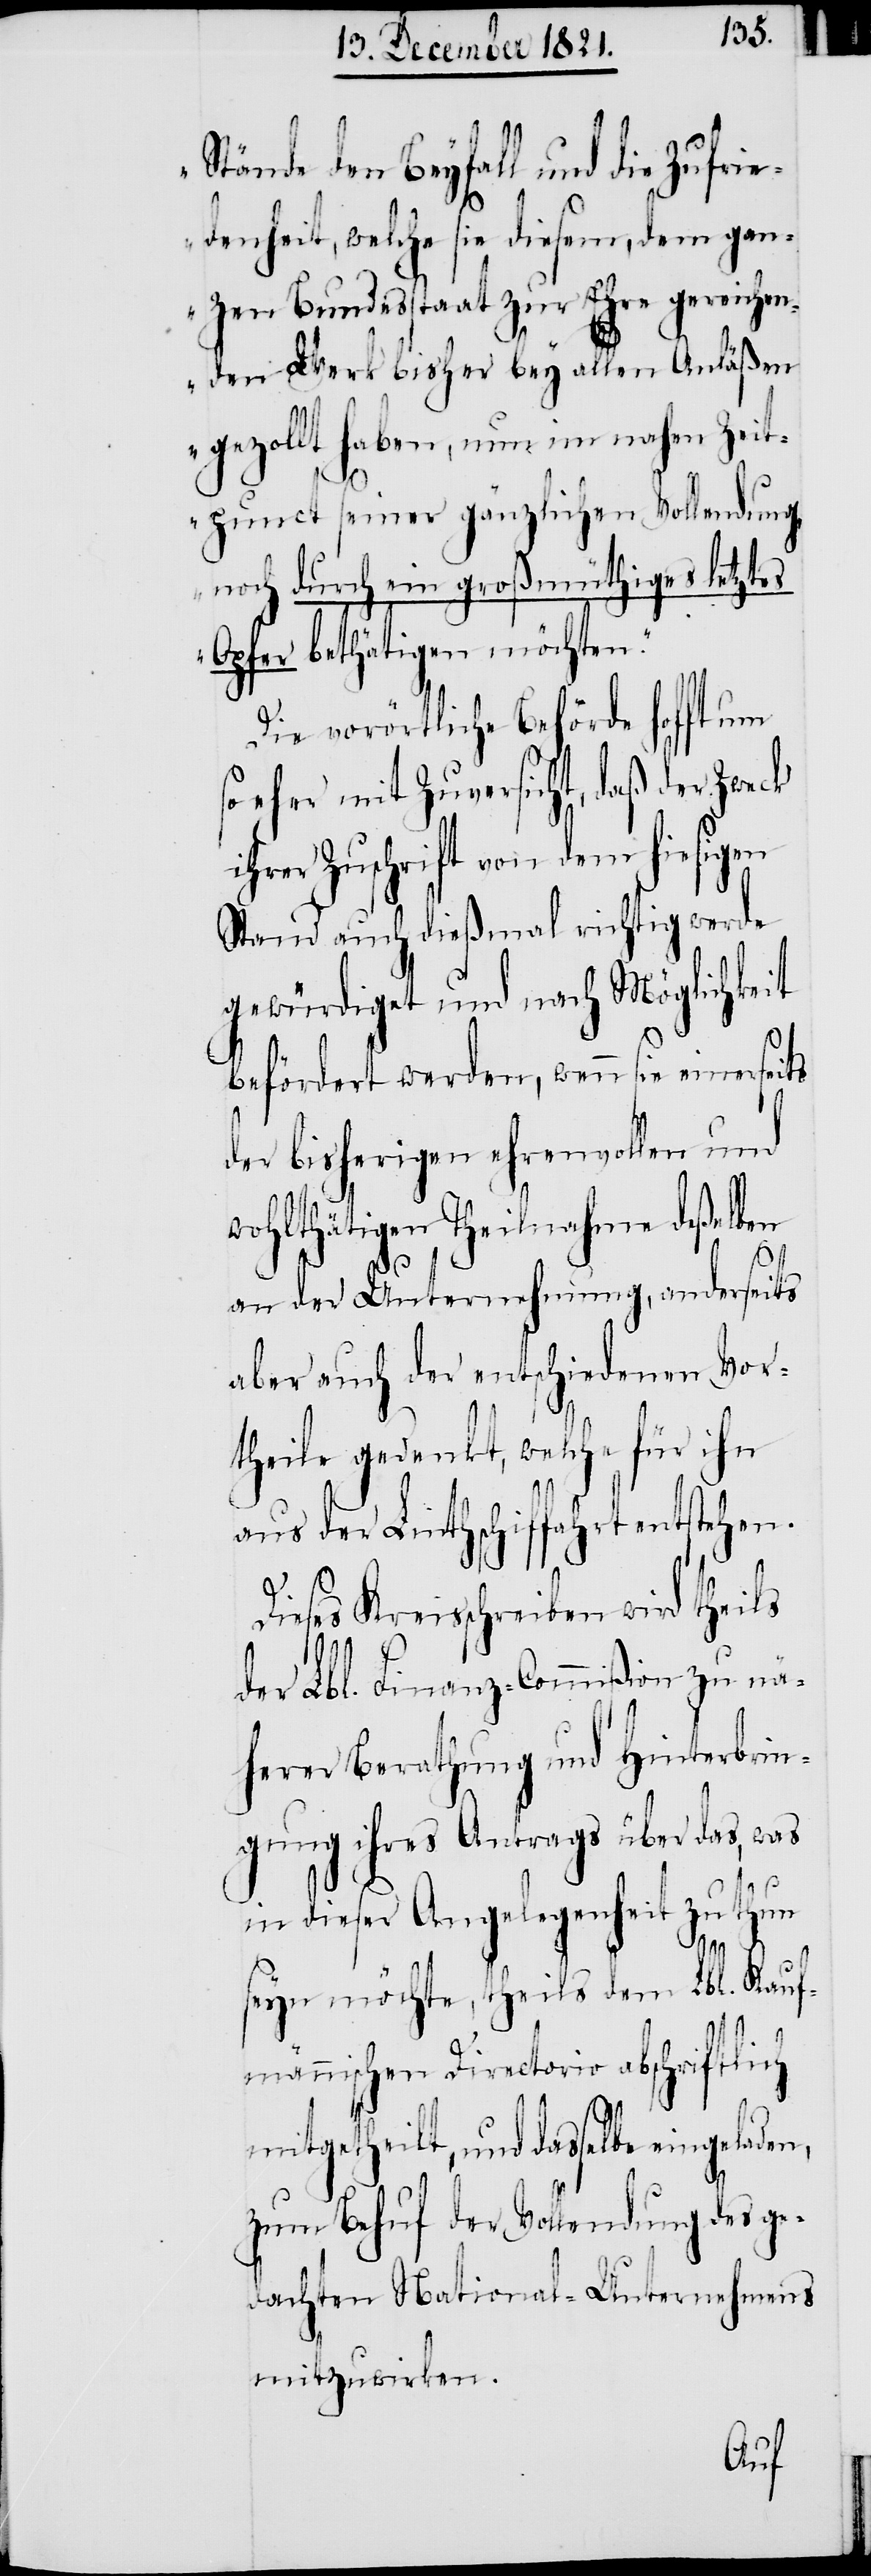
Stände den Beyfall und die Zufrie¬
denheit, welche sie diesem, dem gan¬
zen Bundesstaat zur Ehre gereichen¬
den Werk bisher bey allen Anläßen
gezollt haben, nun im nahen Zeitp¬
noch durch ein großmüthiges letztes
Opfer bethätigen möchten.“
Die vorörtliche Behörde hofft um
eher mit Zuversicht, daß der Zweck
hrer Zuschrift von dem hiesigen
Stand auch dießmal richtig werde
gewürdigt und nach Möglichkeit
befördert werden, wenn sie einersei¬
der bisherigen ehrenvollen und
wohlthätigen Theilnahme deßelben
unct
D¬
an der Unternehmung, anderseits
aber auch der entschiedenen Vor¬
theile gedenkt, welche für ihn
aus der Linthschiffahrt entstehen.
ieses Kreisschreiben wird theils
der Lbl. Finanz-Commißion zu nä¬
herer Berathung und Hinterbrin¬
gung ihres Antrags über das, was
in dieser Angelegenheit zu thun
n,
seyn möchte, theils dem Lbl. Kauf¬
männischen Directorio abschriftlich
mitgehteilt, und dasselbe eingelade¬
zum Behuf der Vollendung des ge¬
dachten National-Unternehmens
mitzuwirken.